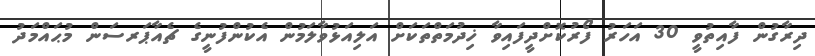
ދިރާގުން ފާއިތުވީ 30 އަހަރު ފޯރުކޮށްދީފައިވާ ޚިދުމަތްތަކަށް އަލިއަޅުވާލަމުން އެކުންފުނީގެ ޗެއާޕަރސަން މުޙައްމަދު